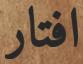
افتار